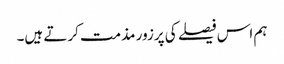
ہم اس فیصلے کی پرزور مذمت کرتے ہیں۔